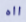
ااه